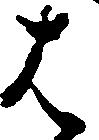
は